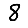
Digit: 8